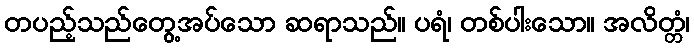
တပည့်သည်တွေ့အပ်သော ဆရာသည်။ ပရံ၊ တစ်ပါးသော။ အလိတ္တံ၊